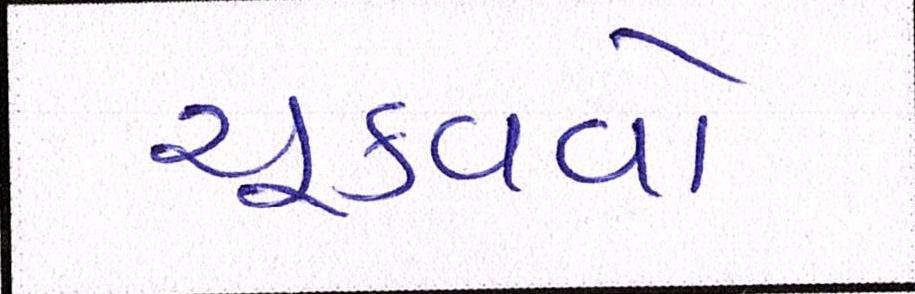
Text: ચૂકવવો